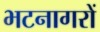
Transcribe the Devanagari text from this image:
भटनागरों